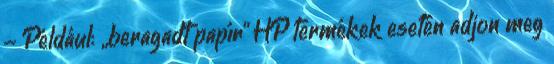
- Például: „beragadt papír” HP termékek esetén adjon meg